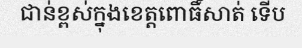
ជាន់ខ្ពស់ក្នុងខេត្តពោធិ៍សាត់ ទើប